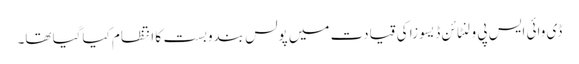
ڈی وائی ایس پی ولنٹائن ڈیسوزا کی قیادت میں پولس بندوبست کا انتظام کیاگیا تھا۔